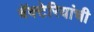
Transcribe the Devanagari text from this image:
बॅक्‍टेरियांची